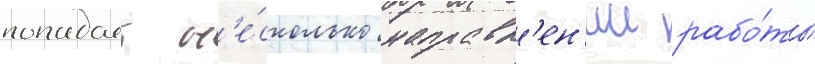
попадает н'е́сколько направл'ен'ии рабо́ты